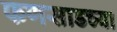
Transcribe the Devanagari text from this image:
फणसाडच्या